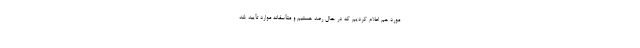
مورد هم اعلام کردیم که در حال رصد هستیم و متأسفانه موارد تأیید شد